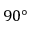
9 0 °